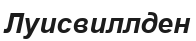
Луисвиллден